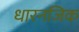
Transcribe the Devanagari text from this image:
धारनजिक